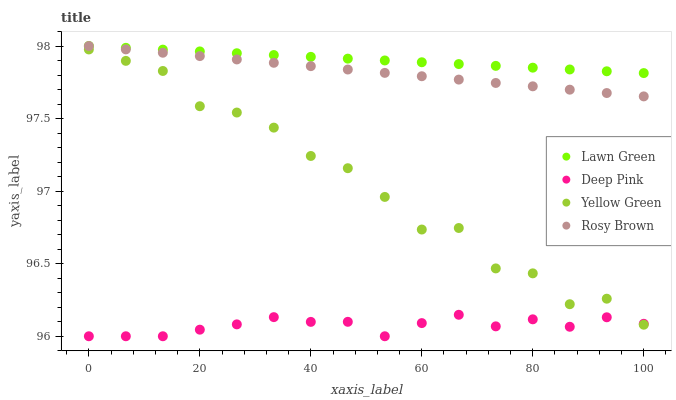
| xaxis_label | Lawn Green | Deep Pink | Yellow Green | Rosy Brown |
 | --- | --- | --- | --- | --- |
 | 0 | 98 | 96 | 98 | 98 |
 | 6.67 | 98 | 96 | 97.9 | 98 |
 | 13.3 | 98 | 96 | 97.8 | 98 |
 | 20 | 98 | 96 | 97.6 | 97.9 |
 | 26.7 | 98 | 96.1 | 97.5 | 97.9 |
 | 33.3 | 97.9 | 96.1 | 97.4 | 97.9 |
 | 40 | 97.9 | 96.1 | 97.2 | 97.9 |
 | 46.7 | 97.9 | 96.1 | 97.2 | 97.8 |
 | 53.3 | 97.9 | 96 | 97 | 97.8 |
 | 60 | 97.9 | 96.1 | 96.7 | 97.8 |
 | 66.7 | 97.9 | 96.1 | 96.7 | 97.8 |
 | 73.3 | 97.9 | 96.1 | 96.5 | 97.7 |
 | 80 | 97.9 | 96.1 | 96.4 | 97.7 |
 | 86.7 | 97.8 | 96.1 | 96.2 | 97.7 |
 | 93.3 | 97.8 | 96.1 | 96.3 | 97.7 |
 | 100 | 97.8 | 96.1 | 96.1 | 97.7 |